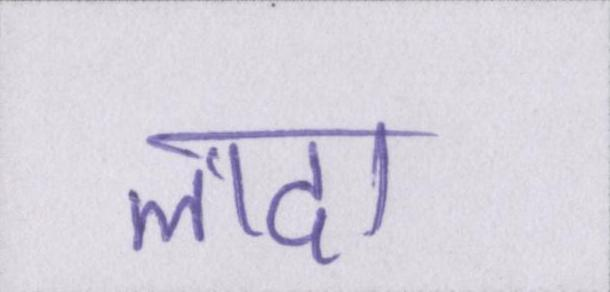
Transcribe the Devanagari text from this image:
लादा